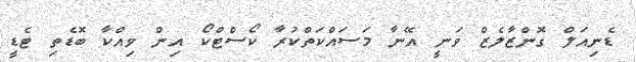
ޑެނިއަލް ގޮންޒާލެޒް ވަނީ އޭނާ މަސައްކަތްކުރާ ކޯސްޓްކޯ އިން ވިއްކާ ބޮޑެތި ޓެޑީ